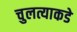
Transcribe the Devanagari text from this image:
चुलत्याकडे